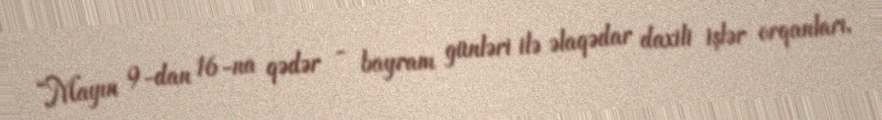
“Mayın 9-dan 16-na qədər - bayram günləri ilə əlaqədar daxili işlər orqanları,